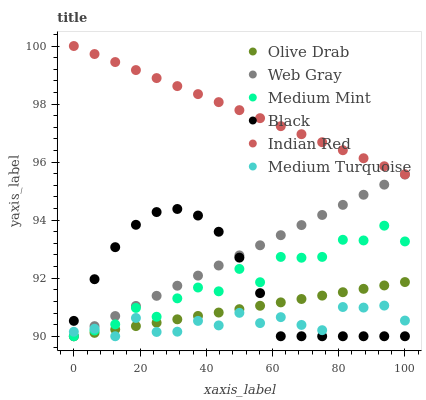
| xaxis_label | Olive Drab | Web Gray | Medium Mint | Black | Indian Red | Medium Turquoise |
 | --- | --- | --- | --- | --- | --- | --- |
 | 0 | 90 | 90 | 90 | 90.5 | 100 | 90.2 |
 | 6.25 | 90.1 | 90.3 | 90.2 | 92 | 99.7 | 90.3 |
 | 12.5 | 90.2 | 90.7 | 90.4 | 93.1 | 99.4 | 90 |
 | 18.8 | 90.4 | 91 | 91 | 93.8 | 99.2 | 90.6 |
 | 25 | 90.5 | 91.4 | 90.7 | 94.3 | 98.9 | 90.1 |
 | 31.2 | 90.6 | 91.7 | 91.3 | 94.4 | 98.6 | 90.2 |
 | 37.5 | 90.7 | 92.1 | 91.7 | 94.2 | 98.3 | 90.5 |
 | 43.8 | 90.8 | 92.4 | 91.5 | 93.6 | 98.1 | 90.4 |
 | 50 | 90.9 | 92.8 | 92.3 | 92.7 | 97.8 | 90.8 |
 | 56.2 | 91.1 | 93.1 | 91.9 | 91.5 | 97.5 | 90.5 |
 | 62.5 | 91.2 | 93.5 | 92.7 | 90 | 97.2 | 90.7 |
 | 68.8 | 91.3 | 93.8 | 92.7 | 90 | 97 | 90.4 |
 | 75 | 91.4 | 94.2 | 92.7 | 90 | 96.7 | 90.2 |
 | 81.2 | 91.5 | 94.5 | 93.3 | 90 | 96.4 | 91 |
 | 87.5 | 91.6 | 94.9 | 93.3 | 90 | 96.1 | 91 |
 | 93.8 | 91.8 | 95.2 | 93.8 | 90 | 95.9 | 91.1 |
 | 100 | 91.9 | 95.6 | 93.3 | 90 | 95.6 | 90.5 |